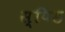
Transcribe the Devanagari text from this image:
स्पिड